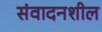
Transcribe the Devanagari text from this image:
संवादनशील